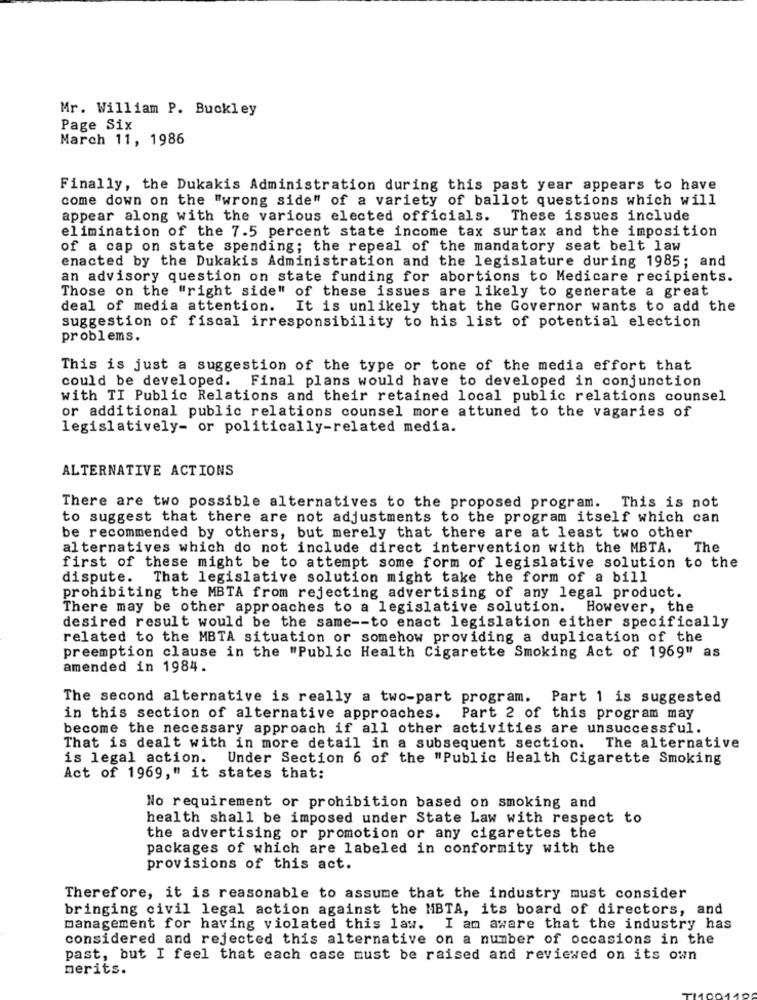
Mr. William P. Buckley
Page Six
March 11, 1986
Finally, the Dukakis Administration during this past year appears to have
come down on the "wrong side" of a variety of ballot questions which will
appear along with the various elected officials. These issues include
elimination of the 7.5 percent state income tax surtax and the imposition
of a cap on state spending; the repeal of the mandatory seat belt law
enacted by the Dukakis Administration and the legislature during 1985; and
an advisory question on state funding for abortions to Medicare recipients.
Those on the "right side" of these issues are likely to generate a great
deal of media attention.
It is unlikely that the Governor wants to add the
suggestion of fiscal irresponsibility to his list of potential election
problems.
This is just a suggestion of the type or tone of the media effort that
could be developed. Final plans would have to developed in conjunction
with TI Public Relations and their retained local public relations counsel
or additional public relations counsel more attuned to the vagaries of
legislatively- or politically-related media.
ALTERNATIVE ACTIONS
There are two possible alternatives to the proposed program. This is not
to suggest that there are not adjustments to the program itself which can
be recommended by others, but merely that there are at least two other
alternatives which do not include direct intervention with the MBTA. The
first of these might be to attempt some form of legislative solution to the
dispute. That legislative solution might take the form of a bill
prohibiting the MBTA from rejecting advertising of any legal product.
There may be other approaches to a legislative solution. However, the
desired result would be the same -- to enact legislation either specifically
related to the MBTA situation or somehow providing a duplication of the
preemption clause in the "Public Health Cigarette Smoking Act of 1969" as
amended in 1984.
The second alternative is really a two-part program. Part 1 is suggested
in this section of alternative approaches.
Part 2 of this program may
become the necessary approach if all other activities are unsuccessful.
That is dealt with in more detail in a subsequent section.
The alternative
is legal action.
Under Section 6 of the "Public Health Cigarette Smoking
Act of 1969," it states that:
No requirement or prohibition based on smoking and
health shall be imposed under State Law with respect to
the advertising or promotion or any cigarettes the
packages of which are labeled in conformity with the
provisions of this act.
Therefore, it is reasonable to assume that the industry must consider
bringing civil legal action against the MBTA, its board of directors, and
management for having violated this law. I am aware that the industry has
considered and rejected this alternative on a number of occasions in the
past, but I feel that each case must be raised and reviewed on its own
merits.